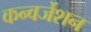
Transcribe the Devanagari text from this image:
कन्वर्जेशन